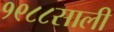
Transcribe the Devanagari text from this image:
१९८८साली